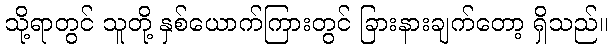
သို့ရာတွင် သူတို့ နှစ်ယောက်ကြားတွင် ခြားနားချက်တော့ ရှိသည်။